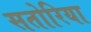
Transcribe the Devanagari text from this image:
सतोरिया